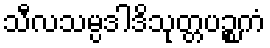
သီလသမ္ပဒါဒိသုတ္တပဉ္စကံ